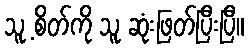
သူ့ စိတ်ကို သူ ဆုံးဖြတ်ပြီးပြီ။